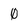
Character: 0